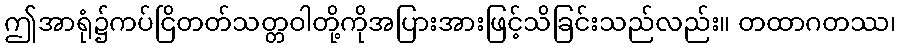
ဤအာရုံ၌ကပ်ငြိတတ်သတ္တဝါတို့ကိုအပြားအားဖြင့်သိခြင်းသည်လည်း။ တထာဂတဿ၊